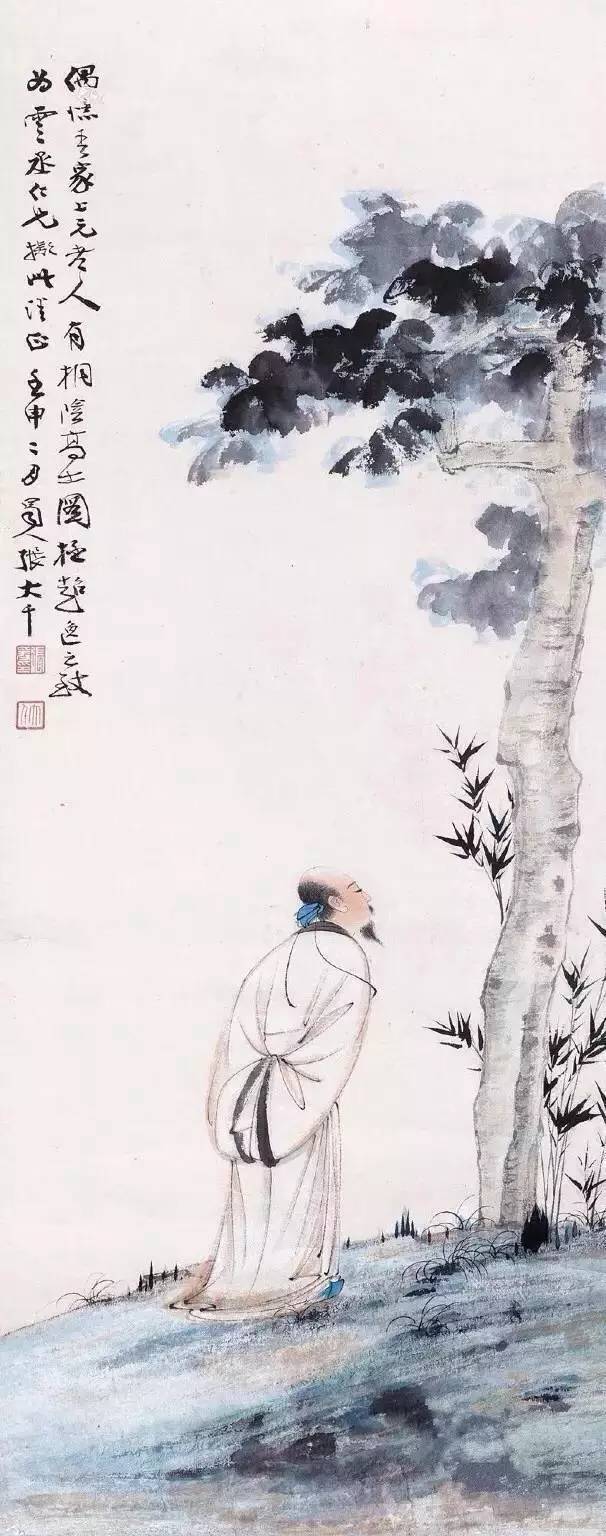
穷不失义，达不离道。